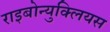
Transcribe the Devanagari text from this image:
राइबोन्युक्लियस